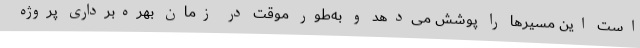
است این مسیرها را پوشش می‌دهد و به‌طور موقت در زمان بهره‌برداری پروژه